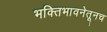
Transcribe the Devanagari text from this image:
भक्तिभावनेतूनच